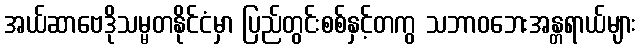
အယ်ဆာဗေဒိုသမ္မတနိုင်ငံမှာ ပြည်တွင်းစစ်နှင့်တကွ သဘာဝဘေးအန္တရာယ်များ